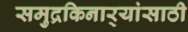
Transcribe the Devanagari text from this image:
समुद्रकिनार्‍यांसाठी